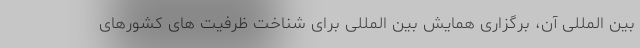
بین‌ المللی آن، برگزاری همایش بین المللی برای شناخت ظرفیت های کشورهای